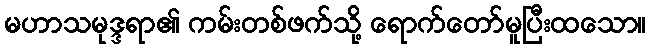
မဟာသမုဒ္ဒရာ၏ ကမ်းတစ်ဖက်သို့ ရောက်တော်မူပြီးထသော။